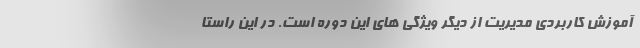
آموزش کاربردی مدیریت از دیگر ویژگی های این دوره است. در این راستا